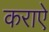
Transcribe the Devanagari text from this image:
कराऐ